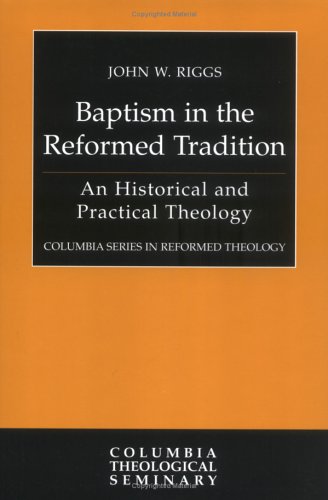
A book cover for Baptism in the Reformed Tradition: An Historical and Practical Theology (Columbia Series in Reformed Theology); John W. Riggs; Christian Books & Bibles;